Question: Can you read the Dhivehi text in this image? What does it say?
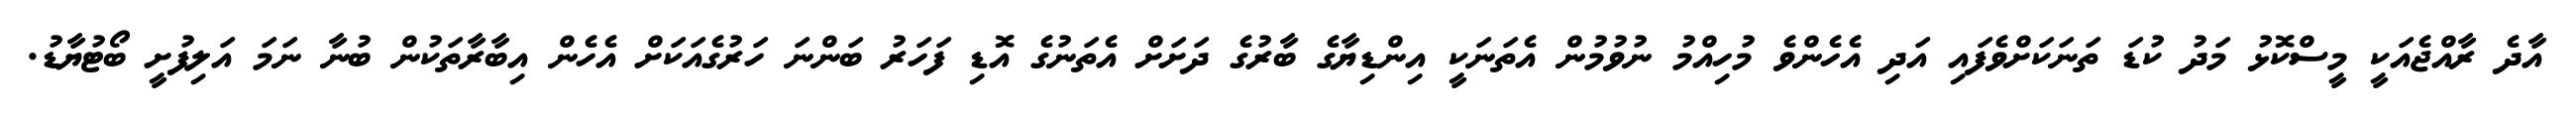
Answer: އާދެ ރާއްޖެއަކީ މީސްކޮޅު މަދު ކުޑަ ތަނަކަށްވެފައި އަދި އެހެންވެ މުހިއްމު ނުވުމުން އެތަނަކީ އިންޑިޔާގެ ބާރުގެ ދަށަށް އެތަނުގެ އޮޑި ފަހަރު ބަންނަ ހަރުގެއަކަށް އެހެން އިބާރާތަކުން ބުނާ ނަމަ އަލިފުށީ ބޯޓުޔާޑު.